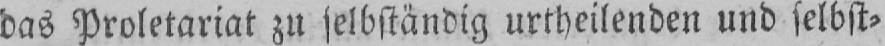
das Proletariat zu selbständig urtheilenden und selbst⸗